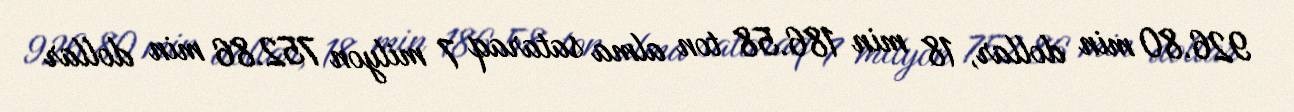
926.80 min dollar, 18 min 186.58 ton alma sataraq 7 milyon 752.86 min dollar